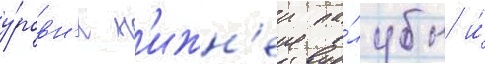
у́ровн'я н'ижн'еи па́лубы и́